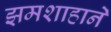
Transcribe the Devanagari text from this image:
झमशाहाने